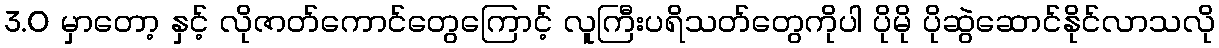
3.0 မှာတော့ နှင့် လိုဇာတ်ကောင်တွေကြောင့် လူကြီးပရိသတ်တွေကိုပါ ပိုမို ပိုဆွဲဆောင်နိုင်လာသလို